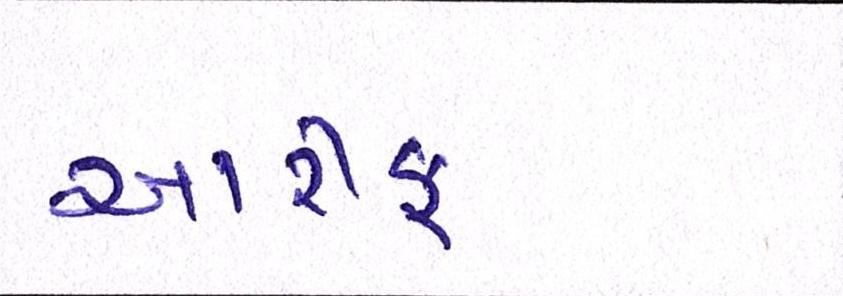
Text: આરીફ